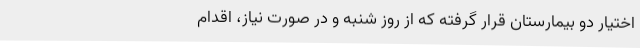
اختیار دو بیمارستان قرار گرفته که از روز شنبه و در صورت نیاز، اقدام